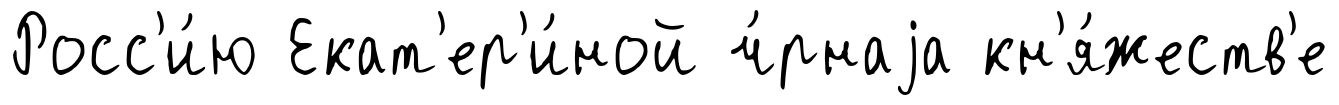
Росс'и́ю Екат'ер'и́ной ч́рнаjа кн'я́жеств'е